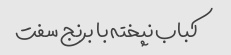
کباب نپخته با برنج سفت